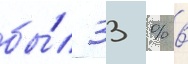
бы́л 33 % в